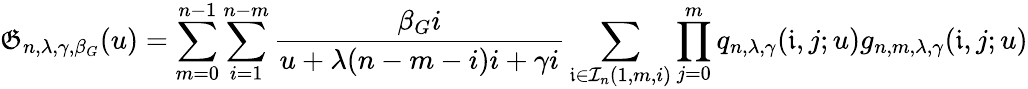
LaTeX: \mathfrak{G}_{n,\lambda,\gamma,\beta_{G}}(u)=\sum_{m=0}^{n-1}\sum_{i=1}^{n-m}\frac{\beta_{G}i}{u+\lambda(n-m-i)i+\gamma i}\sum_{\mathfrak{i}\in\mathcal{I}_{n}(1,m,i)}\prod_{j=0}^{m}q_{n,\lambda,\gamma}(\mathfrak{i},j;u)g_{n,m,\lambda,\gamma}(\mathfrak{i},j;u)